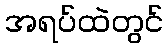
အရပ်ထဲတွင်